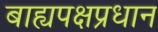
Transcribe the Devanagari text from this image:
बाह्यपक्षप्रधान